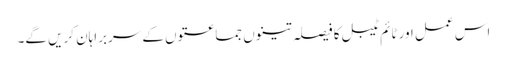
اس عمل اور ٹائم ٹیبل کا فیصلہ تینوں جماعتوں کے سربراہان کریں گے۔